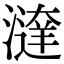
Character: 𣿔